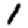
Digit: 1